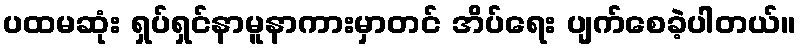
ပထမဆုံး ရှပ်ရှင်နာမူနာကားမှာတင် အိပ်ရေး ပျက်စေခဲ့ပါတယ်။